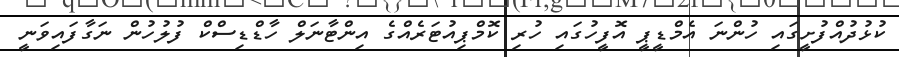
ކުޅުދުއްފުށީގައި ހުންނަ އެމްޑީޕީ އޮފީހުގައި ހުރި ކޮމްޕިއުޓަރެއްގެ އިންޓާނަލް ހާޑްޑިސްކް ފުލުހުން ނަގާފައިވަނީ